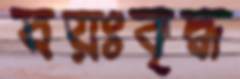
বয়ঃবৃদ্ধ